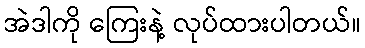
အဲဒါကို ကြေးနဲ့ လုပ်ထားပါတယ်။